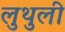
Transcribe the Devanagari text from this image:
लुथुली